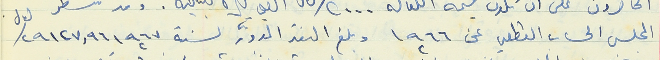
المجلس الحساب القطعي عن ١٩٦٦ وبلغ النقد المدوّر لسنة١٩٦٧ ٢٩١٢٧,٩٦ / ل.ل